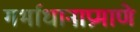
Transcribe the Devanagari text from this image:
गर्भाधानाप्रमाणे